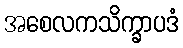
အစေလကသိက္ခာပဒံ